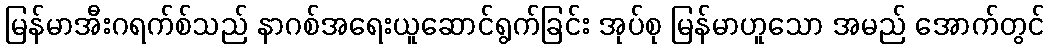
မြန်မာအီးဂရက်စ်သည် နာဂစ်အရေးယူဆောင်ရွက်ခြင်း အုပ်စု မြန်မာဟူသော အမည် အောက်တွင်